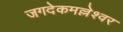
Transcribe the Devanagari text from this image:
जगदेकमल्लेश्वर